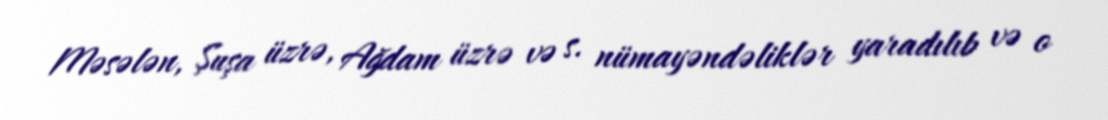
Məsələn, Şuşa üzrə, Ağdam üzrə və s. nümayəndəliklər yaradılıb və o